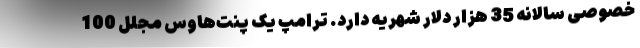
خصوصی سالانه 35 هزار دلار شهریه دارد. ترامپ یک پنت‌هاوس مجلل 100